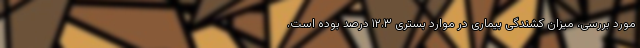
مورد بررسی، میزان کشندگی بیماری در موارد بستری ۱۲.۳ درصد بوده است.